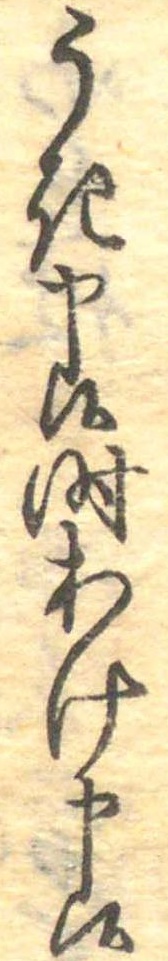
うき申候時あけ申候